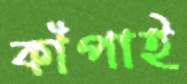
কাঁপাই